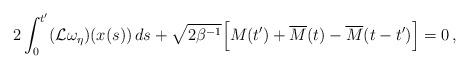
LaTeX: \begin{align*} 2 \int_0^{t'} (\mathcal{L}\omega_\eta)(x(s))\,ds + \sqrt{2\beta^{-1}} \Big[M(t') + \overline{M}(t) - \overline{M}(t-t')\Big] = 0\,, \end{align*}